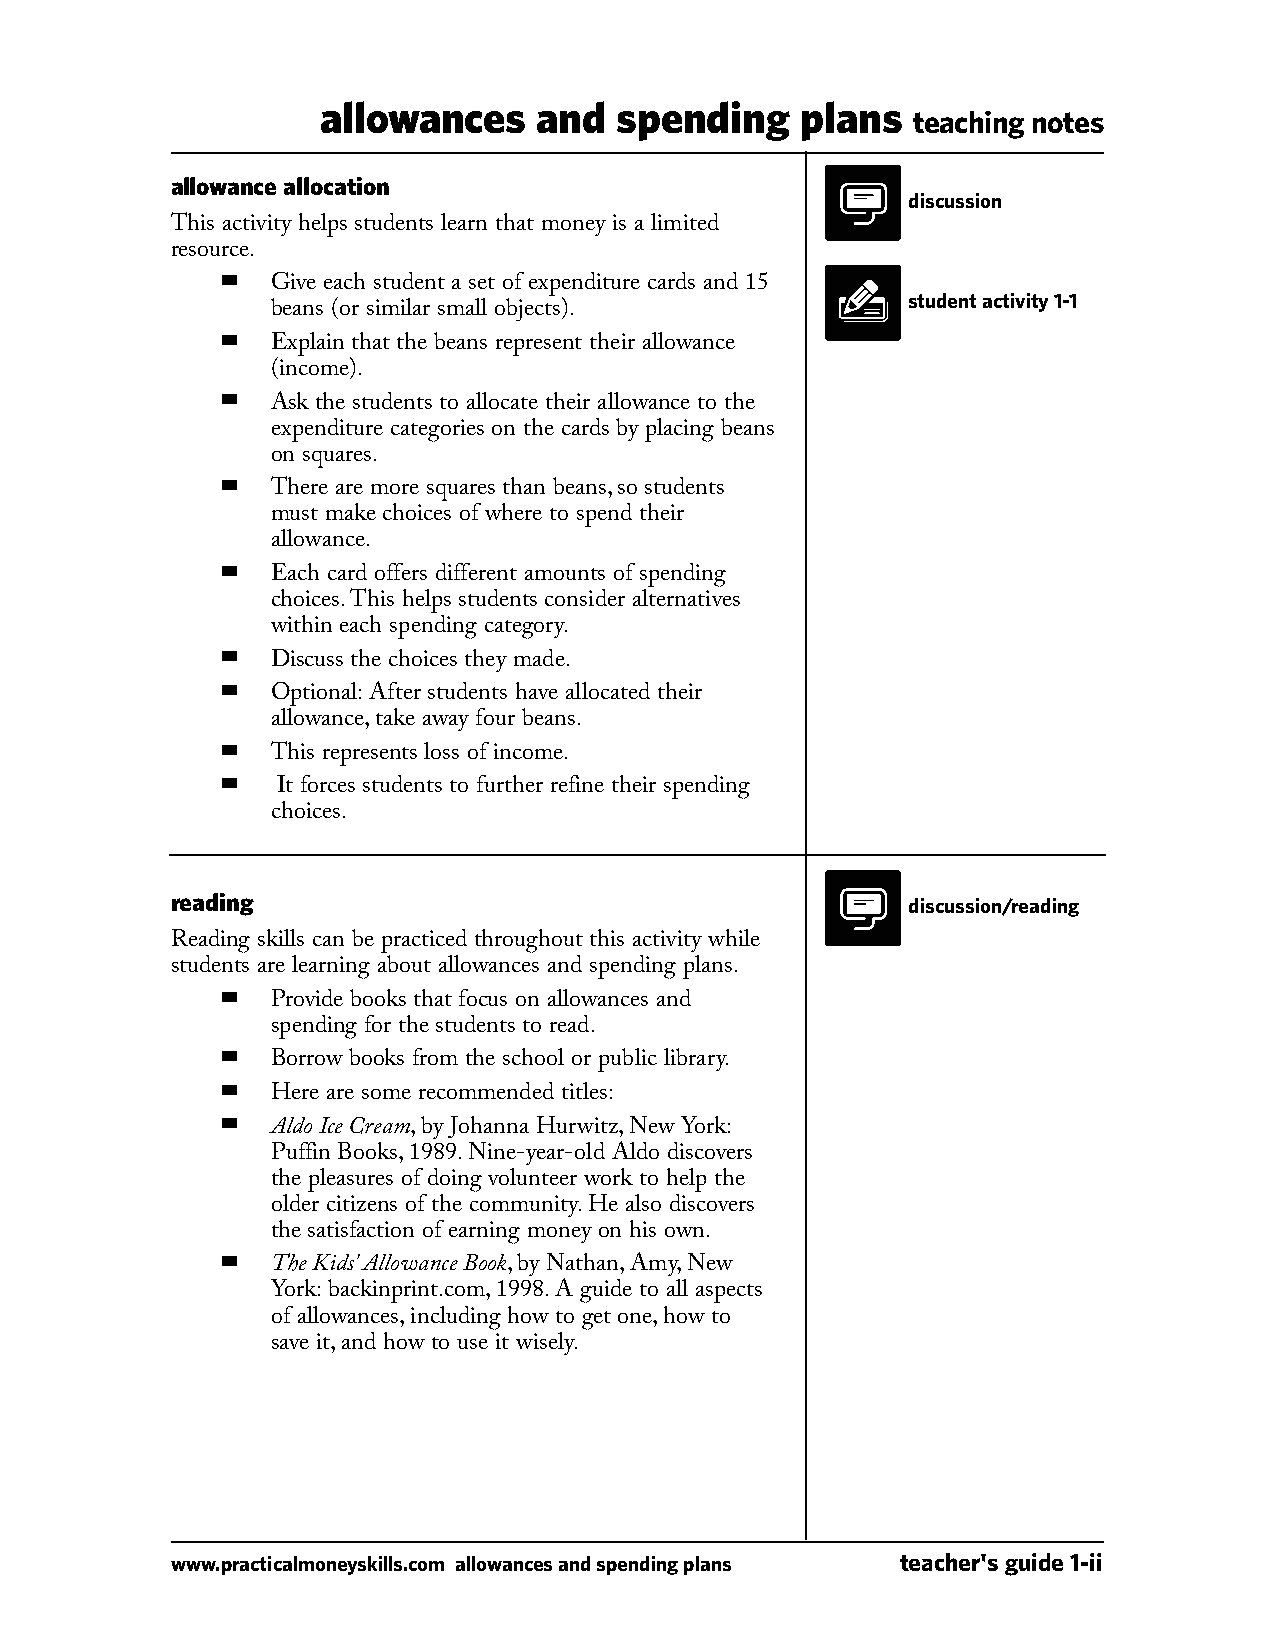
allowances     and  spending    plans
 teaching notes
 allowance allocation
 discussion
 This activity helps students learn that money is a limited
 resource.
 ■
 Give each student a set of expenditure cards and 15
 student activity 1-1
 beans (or similar small objects).
 ■
 Explain that the beans represent their allowance
 (income).
 ■
 Ask the students to allocate their allowance to the
 expenditure categories on the cards by placing beans
 on squares.
 ■
 There are more squares than beans, so students
 must make choices of where to spend their
 allowance.
 ■
 Each card offers different amounts of spending
 choices. This helps students consider alternatives
 within each spending category.
 ■
 Discuss the choices they made.
 ■
 Optional: After students have allocated their
 allowance, take away four beans.
 ■
 This represents loss of income.
 ■
 It forces students to further refine their spending
 choices.
 reading                                          discussion/reading
 Reading skills can be practiced throughout this activity while
 students are learning about allowances and spending plans.
 ■
 Provide books that focus on allowances and
 spending for the students to read.
 ■
 Borrow books from the school or public library.
 ■
 Here are some recommended titles:
 ■
 Aldo Ice Cream, by Johanna Hurwitz, New York:
 Puffin Books, 1989. Nine-year-old Aldo discovers
 the pleasures of doing volunteer work to help the
 older citizens of the community. He also discovers
 the satisfaction of earning money on his own.
 ■
 The Kids' Allowance Book, by Nathan, Amy, New
 York: backinprint.com, 1998. A guide to all aspects
 of allowances, including how to get one, how to
 save it, and how to use it wisely.
 www.practicalmoneyskills.com allowances and spending plans teacher's guide 1-ii